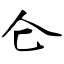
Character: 仑